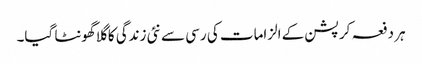
ہر دفعہ کرپشن کے الزامات کی رسی سے نئی زندگی کا گلا گھونٹا گیا۔